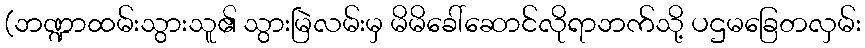
(ဘဏ္ဍာထမ်းသွားသူ၏ သွားမြဲလမ်းမှ မိမိခေါ်ဆောင်လိုရာဘက်သို့ ပဌမခြေတလှမ်း